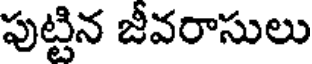
పుట్టిన జీవరాసులు